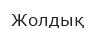
Жолдық